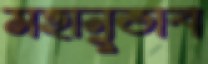
মহানুভাব